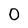
Character: 0